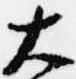
大